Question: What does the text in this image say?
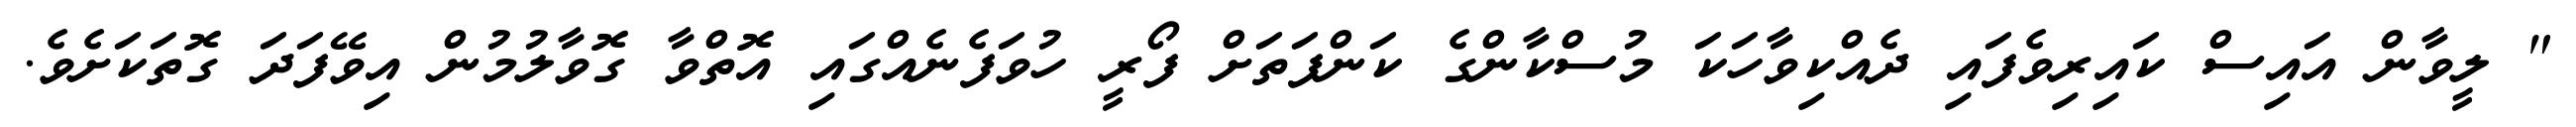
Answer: " ލީވާން އައިސް ކައިރިވެފައި ދެއްކިވާހަކަ މުސްކާންގެ ކަންފަތަށް ފޯރީ ހުވަފެނެއްގައި އޮތްވާ ގޮވާލުމުން އިވޭފަދަ ގޮތަކަށެވެ.